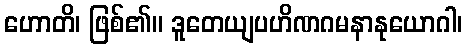
ဟောတိ၊ ဖြစ်၏။ ဒူတေယျပဟိဏဂမနာနုယောဂါ၊